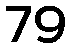
79